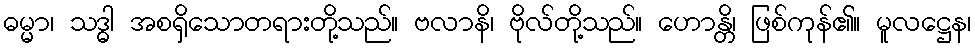
ဓမ္မာ၊ သဒ္ဓါ အစရှိသောတရားတို့သည်။ ဗလာနိ၊ ဗိုလ်တို့သည်။ ဟောန္တိ၊ ဖြစ်ကုန်၏။ မူလဋ္ဌေန၊